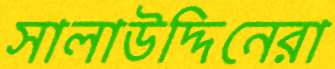
সালাউদ্দিনেরা